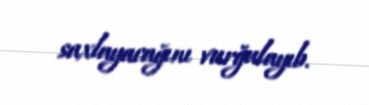
saxlayacağını vurğulayıb.